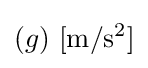
(g)\ \mathrm {[m/s^{2}]}